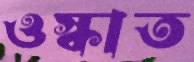
ওস্‌কাত